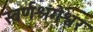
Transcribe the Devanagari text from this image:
स्वर्णश्रंगेश्वर